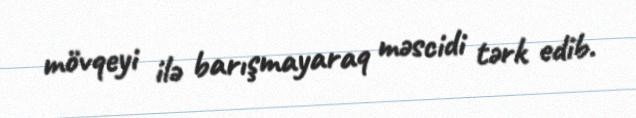
mövqeyi ilə barışmayaraq məscidi tərk edib.